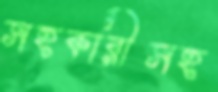
সহকারীসহ